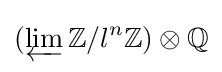
(\varprojlim \mathbb {Z} /l^{n}\mathbb {Z} )\otimes \mathbb {Q}